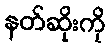
နတ်ဆိုးကို